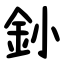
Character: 釥